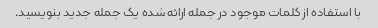
با استفاده از کلمات موجود در جمله ارائه شده یک جمله جدید بنویسید.